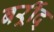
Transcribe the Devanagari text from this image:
बर्र्र्रीद्